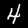
Label: 4